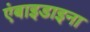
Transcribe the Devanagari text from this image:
एंबाइडाइना